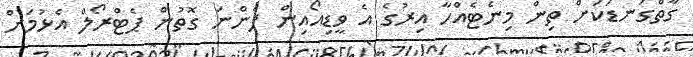
ގާތްގަނޑަކަށް ތިން މިނެޓެއްހާ އިރުގެ އެ ވީޑިއޯއިން ފެންނަ ގޮތުން ޕެޓްރޯލް އެޅުމަށް